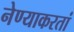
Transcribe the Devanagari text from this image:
नेण्याकरतां